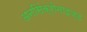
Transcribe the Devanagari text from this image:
अनसिंक्रोनाइज़ड